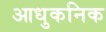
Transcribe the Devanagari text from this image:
आधुकनिक